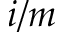
i / m